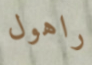
راهول